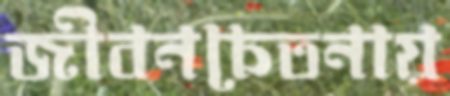
জীবনচেতনায়